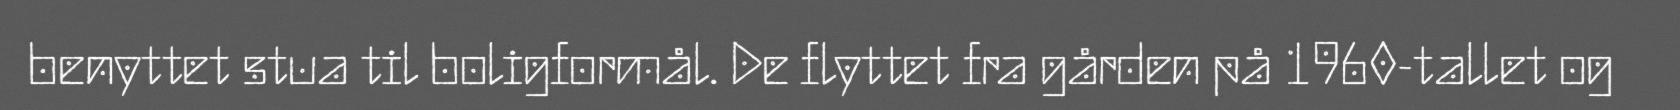
benyttet stua til boligformål. De flyttet fra gården på 1960-tallet og